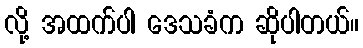
လို့ အထက်ပါ ဒေသခံက ဆိုပါတယ်။